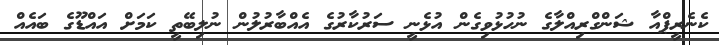
ކެނެރީޕްއާ ޝަންގްރިއްލާގެ ނުހުޅުވިގެން އުޅެނީ ސަރުކާރުގެ އެއްބާރުލުން ނުލިބޭތީ ކަަމަށް އައްޑޫގެ ބައެއް